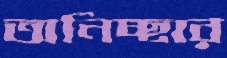
অনিচ্ছার